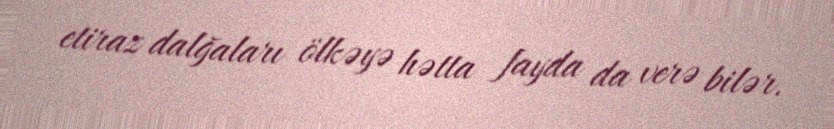
etiraz dalğaları ölkəyə hətta fayda da verə bilər.